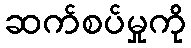
ဆက်စပ်မှုကို